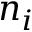
n _ { i }